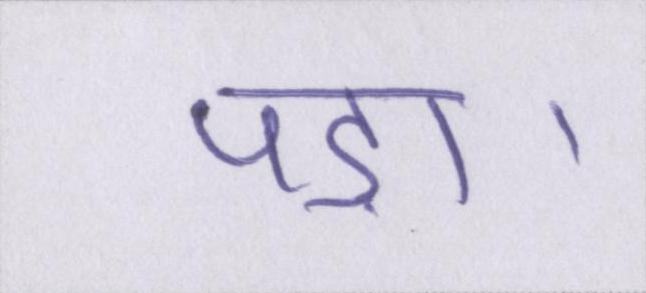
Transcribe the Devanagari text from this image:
पड़ा।